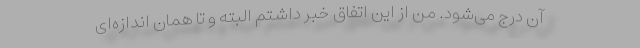
آن درج می‌شود. من از این اتفاق خبر داشتم البته و تا همان اندازه‌ای